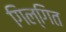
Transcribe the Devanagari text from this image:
गिल्गित